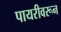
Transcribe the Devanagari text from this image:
पायरीवरून